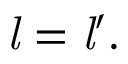
{ { \mathit { l } } = { \mathit { l } } ^ { \prime } } .